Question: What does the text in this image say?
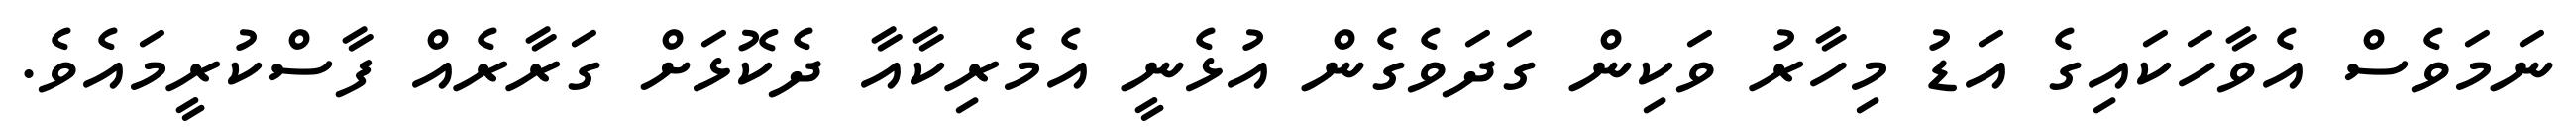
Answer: ނަމަވެސް އެވާހަކައިގެ އަޑު މިހާރު ވަކިން ގަދަވެގެން އުޅެނީ އެމެރިކާއާ ދެކޮޅަށް ގަރާރެއް ފާސްކުރީމައެވެ.